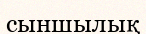
сыншылық